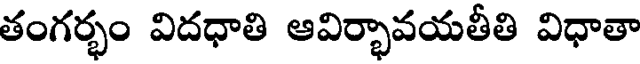
తంగర్భం విదధాతి ఆవిర్భావయతీతి విధాతా